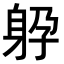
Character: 𨈯